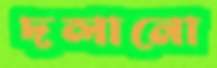
দলানো